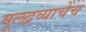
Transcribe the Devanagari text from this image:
मूलद्रव्याचेच